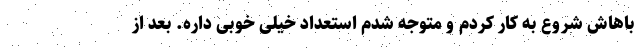
باهاش شروع به کار کردم و متوجه شدم استعداد خیلی خوبی داره. بعد از